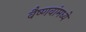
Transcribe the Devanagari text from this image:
वैष्णवांमध्ये